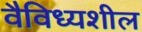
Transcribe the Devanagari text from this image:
वैविध्यशील